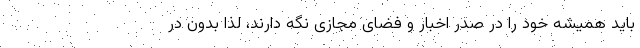
باید همیشه خود را در صدر اخبار و فضای مجازی نگه دارند، لذا بدون در